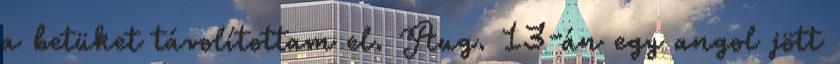
a betüket távolítottam el. Aug. 13-án egy angol jött